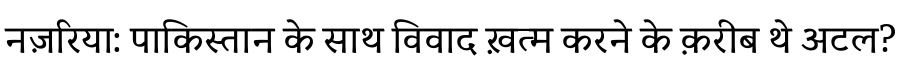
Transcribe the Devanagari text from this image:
नज़रिया: पाकिस्तान के साथ विवाद ख़त्म करने के क़रीब थे अटल?